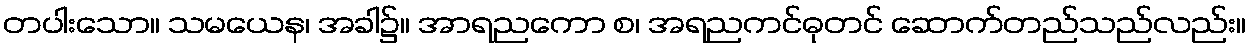
တပါးသော။ သမယေန၊ အခါ၌။ အာရညကော စ၊ အရညကင်ဓုတင် ဆောက်တည်သည်လည်း။